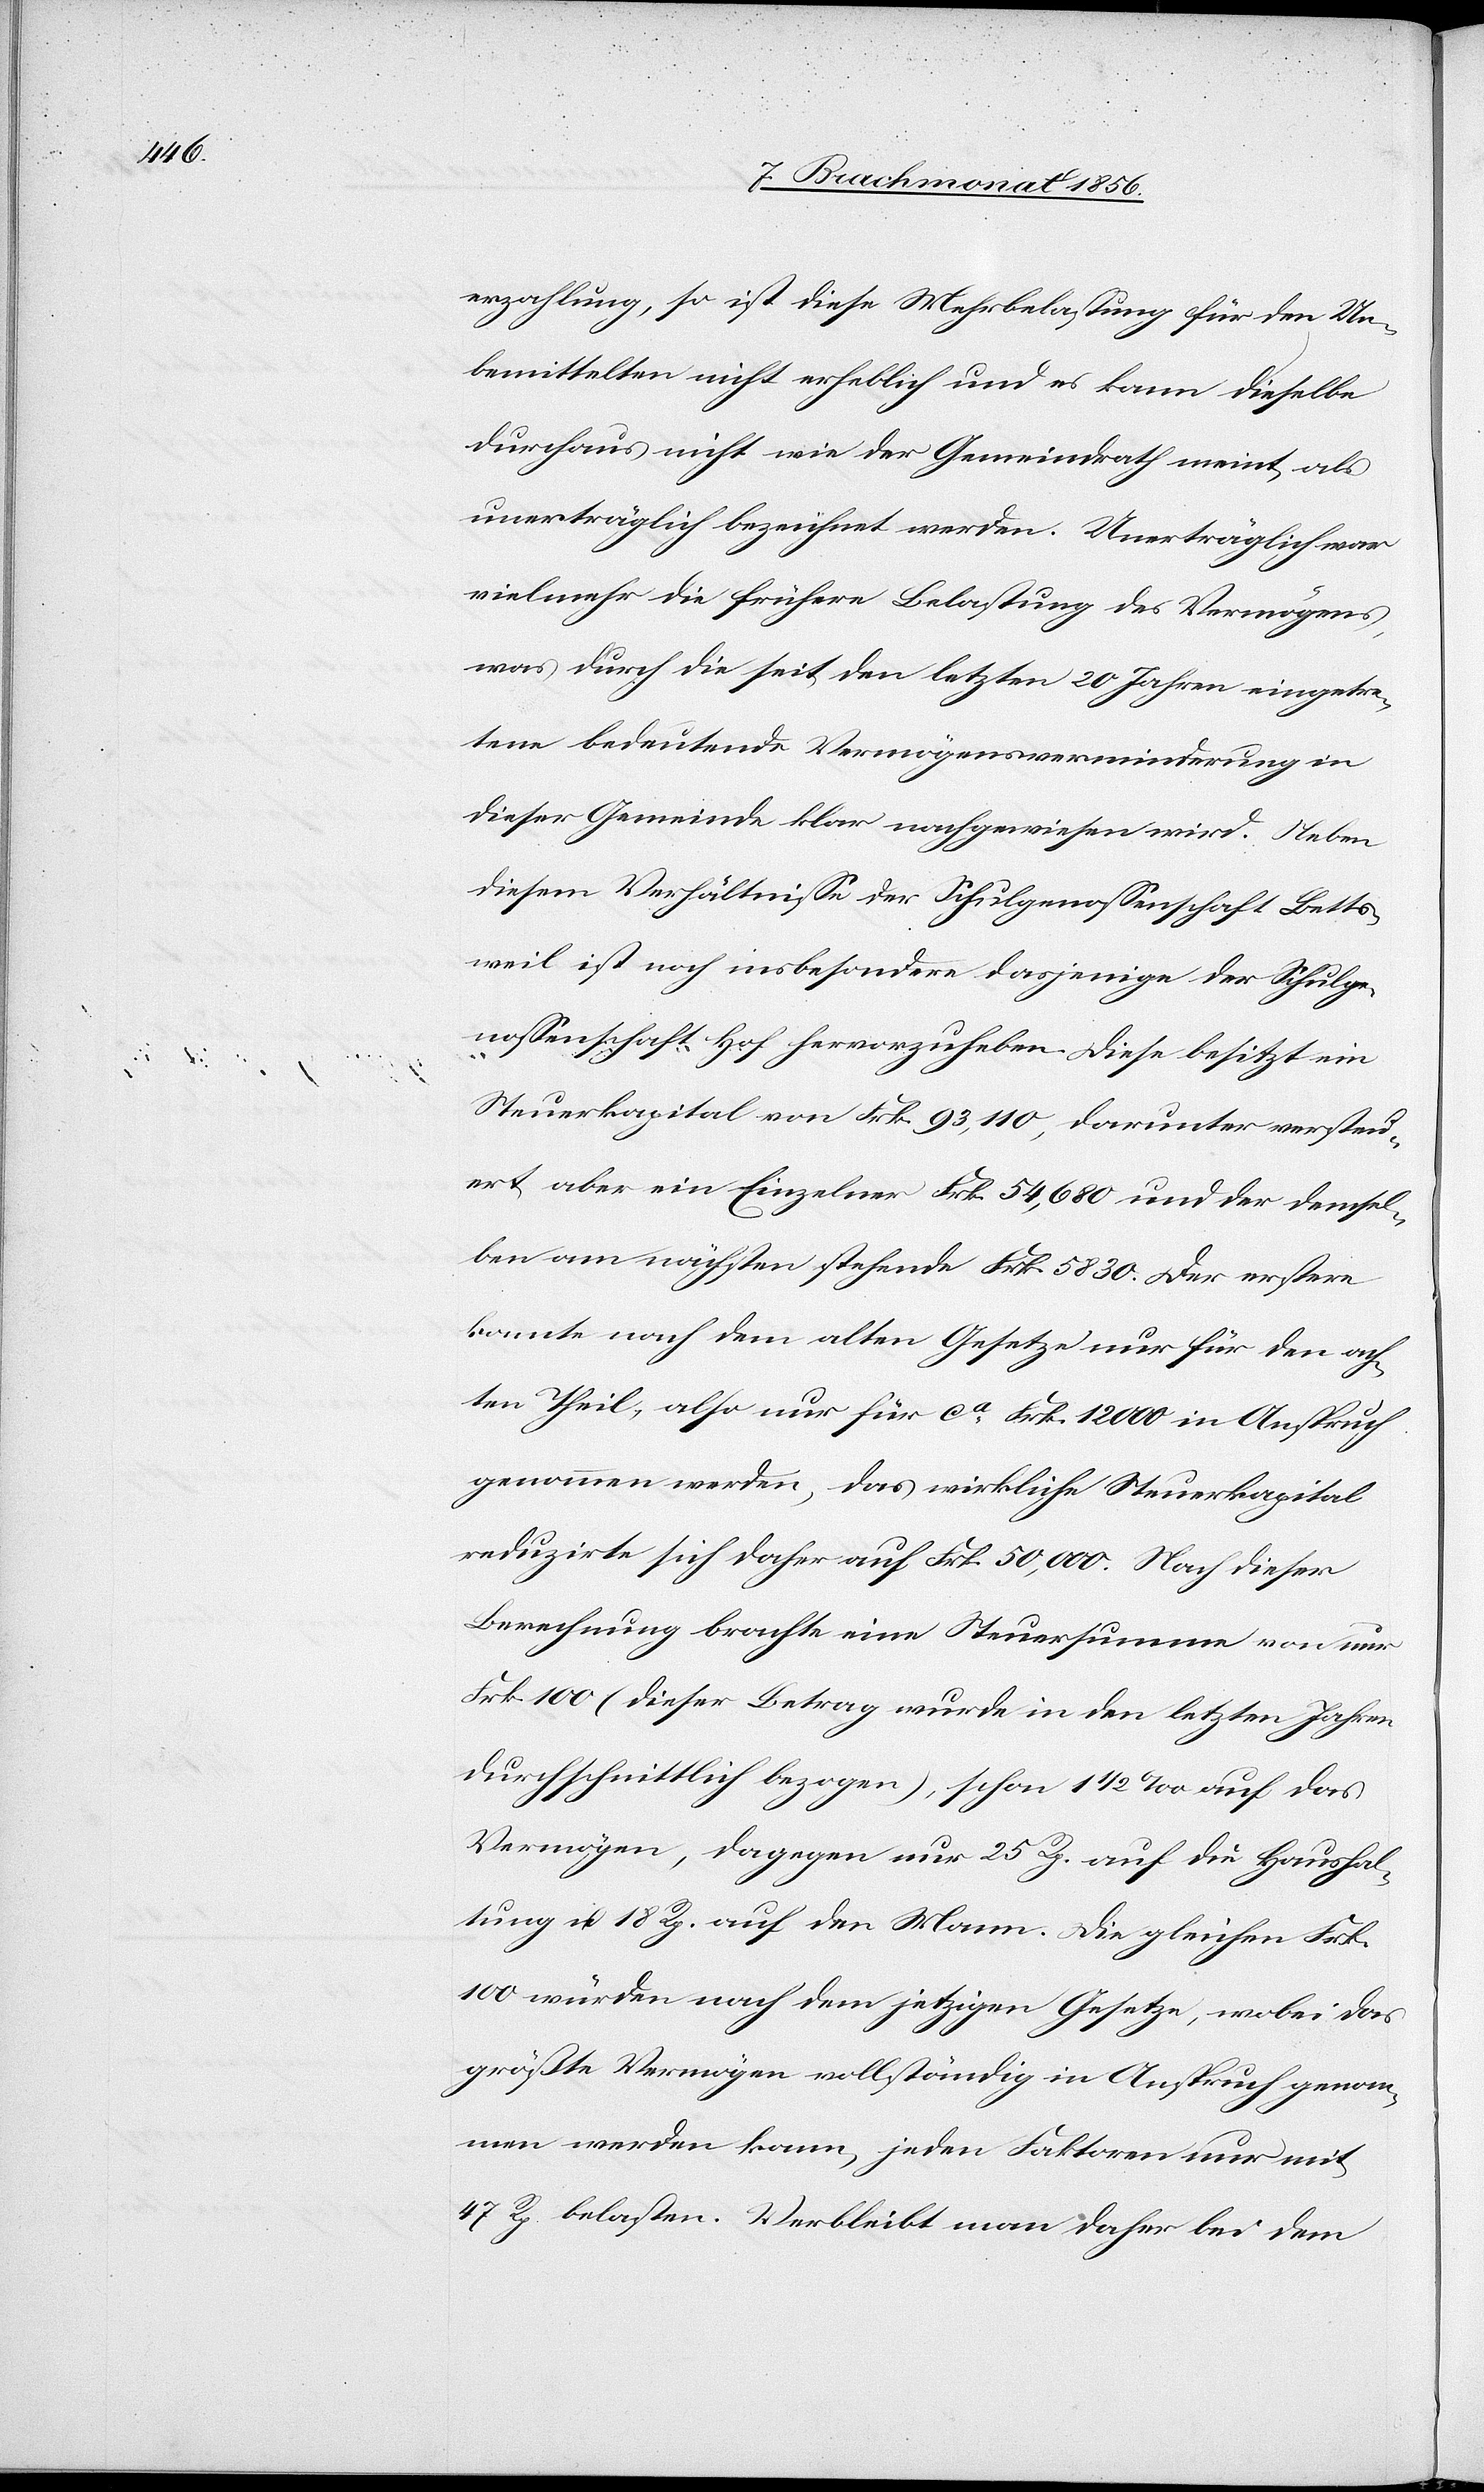
erzahlung, so ist diese Mehrbelastung für den Un¬
bemittelten nicht erheblich und es kann dieselbe
durchaus nicht wie der Gemeindrath meint, als
unerträglich bezeichnet werden. Unerträglich war
vielmehr die frühere Belastung des Vermögens,
was durch die seit den letzten 20 Jahren eingetre¬
tene bedeutende Vermögensverminderung in
dieser Gemeinde klar nachgewiesen wird. Neben
diesem Verhältnisse der Schulgenossenschaft Betts¬
weil ist noch insbesondere dasjenige der Schulge¬
nossenschaft Hof hervorzuheben. Diese besitzt ein
Steuerkapital von Frk. 93,110, darunter versteu¬
ert aber ein Einzelner Frk. 54,680 und der demsel¬
ben am nächsten stehende Frk. 5830. Der erstere
konnte nach dem alten Gesetze nur für den ach¬
ten Theil, also nur für ca Frk. 12000 in Anspruch
genommen werden, das wirkliche Steuerkapital
reduzirte sich daher auf Frk. 50,000. Nach dieser
Berechnung brachte eine Steuersumme von nur
Frk. 100 (dieser Betrag wurde in den letzten Jahren
durchschnittlich bezogen), schon 1 ½ ‰ auf das
Vermögen, dagegen nur 25 Rp. auf die Haushal¬
tung u. 18 Rp. auf den Mann. Die gleichen Frk.
100 würden nach dem jetzigen Gesetze, wobei das
größte Vermögen vollständig in Anspruch genom¬
men werden kann, jeden Faktoren nur mit
47 Rp. belasten. Verbleibt man daher bei dem